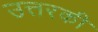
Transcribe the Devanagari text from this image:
उत्तरकी